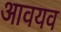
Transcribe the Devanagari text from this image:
आवयव